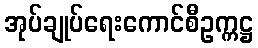
အုပ်ချုပ်ရေးကောင်စီဥက္ကဋ္ဌ